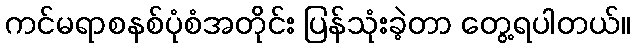
ကင်မရာစနစ်ပုံစံအတိုင်း ပြန်သုံးခဲ့တာ တွေ့ရပါတယ်။